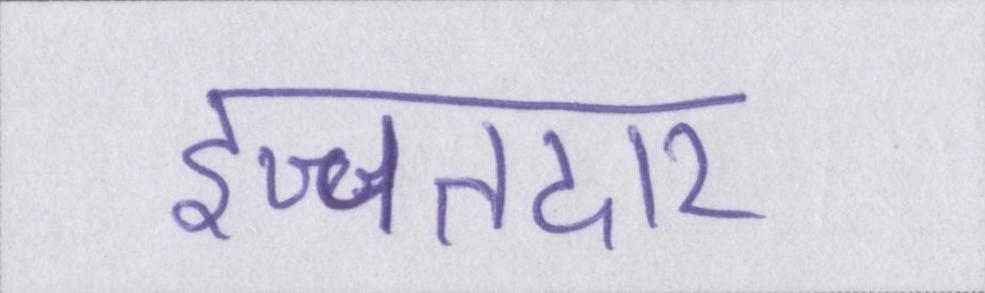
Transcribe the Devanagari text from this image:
इज्जतदार